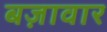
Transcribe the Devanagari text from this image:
बज़ावार